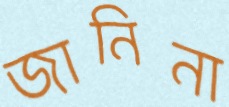
জানিনা